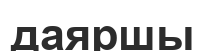
даяршы